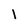
Character: I